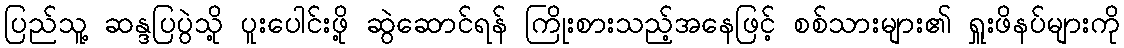
ပြည်သူ့ ဆန္ဒပြပွဲသို့ ပူးပေါင်းဖို့ ဆွဲဆောင်ရန် ကြိုးစားသည့်အနေဖြင့် စစ်သားများ၏ ရှူးဖိနပ်များကို